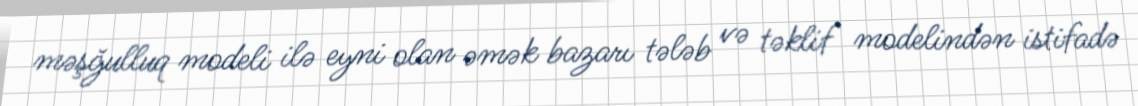
məşğulluq modeli ilə eyni olan əmək bazarı tələb və təklif modelindən istifadə